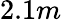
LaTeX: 2.1m